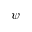
\psi